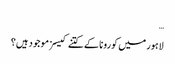
…
لاہور میں کورونا کے کتنے کیسز موجود ہیں؟